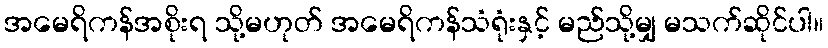
အမေရိကန်အစိုးရ သို့မဟုတ် အမေရိကန်သံရုံးနှင့် မည်သို့မျှ မသက်ဆိုင်ပါ။